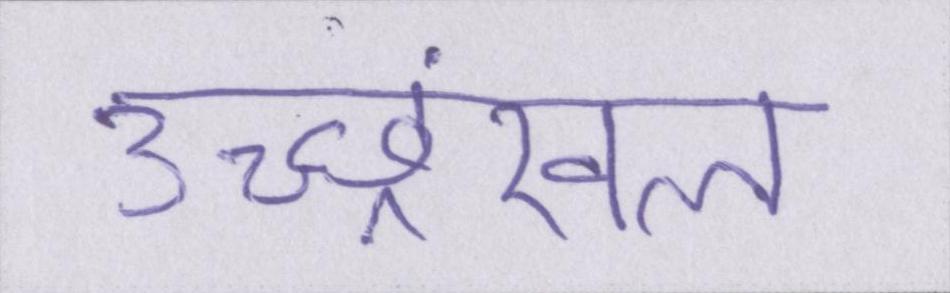
उच्छ्रंखल